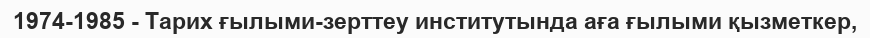
1974-1985 - Тарих ғылыми-зерттеу институтында аға ғылыми қызметкер,